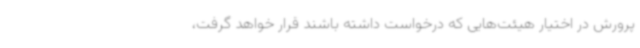
پرورش در اختیار هیئت‌هایی که درخواست داشته باشند قرار خواهد گرفت،